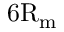
\mathrm { 6 R _ { m } }